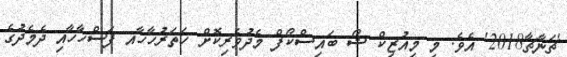
'ޗަނާޗާ2018' އެވެ. މި މިއުޒިކް ޝޯ ބައިސްކޯފް މެދުވެރިކޮށް ހަތަރުހާހާއ ފަސްހާހާއި ދެމެދުގެ